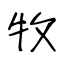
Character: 牧